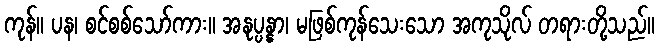
ကုန်။ ပန၊ စင်စစ်သော်ကား။ အနုပ္ပန္နာ၊ မဖြစ်ကုန်သေးသော အကုသိုလ် တရားတို့သည်။